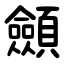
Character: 顩